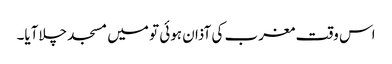
اس وقت مغرب کی آذان ہوئی تو میں مسجد چلاآیا۔